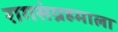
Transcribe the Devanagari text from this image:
रागसंग्रहमाला